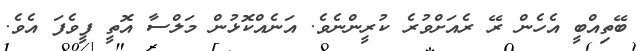
ބޭތިއްބީ އެހެން ރޭ ރެއަށްވުރެ ކުރީންނެވެ. އަނެއްކޮޅުން މަލްސާ އޮތީ ފީވެފަ އެވެ.